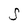
Character: S